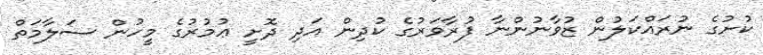
ކުށުގެ ނުރައްކަލުން ޒުވާނުންނާ ފުރާވަރުގެ ކުދިން އަދި ދޮށީ ޢުމުރުގެ މީހުން ސަލާމަތް